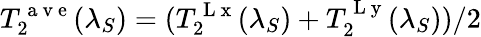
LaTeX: T_{2}^{\mathrm{~a~v~e~}}(\lambda_{S})=(T_{2}^{\mathrm{~L~x~}}(\lambda_{S})+T_{2}^{\mathrm{~L~y~}}(\lambda_{S}))/2